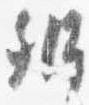
弁